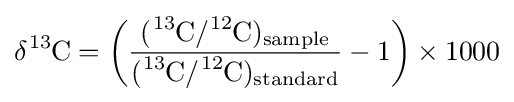
\delta {\ce {^{13}C}}=\left({\frac {({\ce {^{13}C}}/{\ce {^{12}C}})_{\mathrm {sample} }}{({\ce {^{13}C}}/{\ce {^{12}C}})_{\mathrm {standard} }}}-1\right)\times 1000